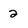
Character: 2